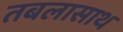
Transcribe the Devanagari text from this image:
तबलासाथ